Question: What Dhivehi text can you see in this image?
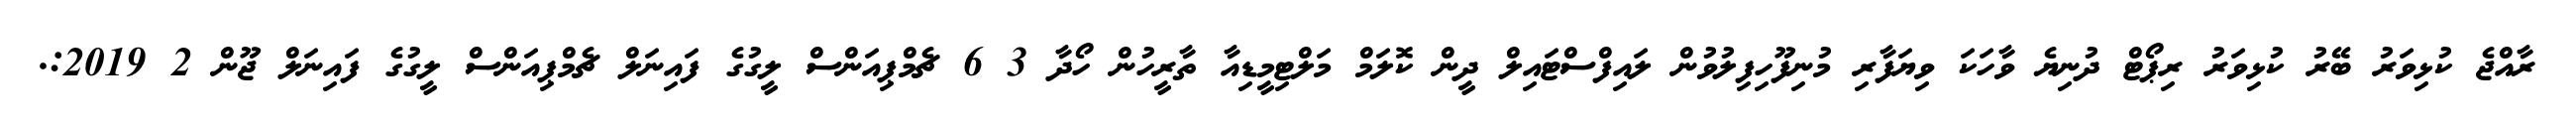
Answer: ރާއްޖެ ކުޅިވަރު ބޭރު ކުޅިވަރު ރިޕޯޓް ދުނިޔެ ވާހަކަ ވިޔަފާރި މުނިފޫހިފިލުވުން ލައިފްސްޓައިލް ދީން ކޮލަމް މަލްޓިމީޑިއާ ތާރީހުން ހޯދާ 3 6 ޗެމްޕިއަންސް ލީގުގެ ފައިނަލް ޗެމްޕިއަންސް ލީގުގެ ފައިނަލް ޖޫން 2 2019:.